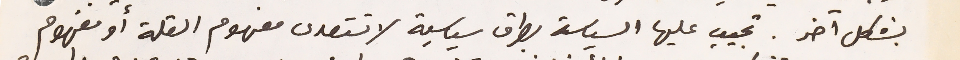
بشكل آخر. تجيب عليها السياسة بطرق سياسية لاتتعدى مفهوم القلة أو مفهوم